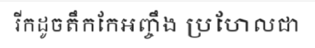
រីកដូចតឹកកែអញ្ចឹង ប្រហែលជា